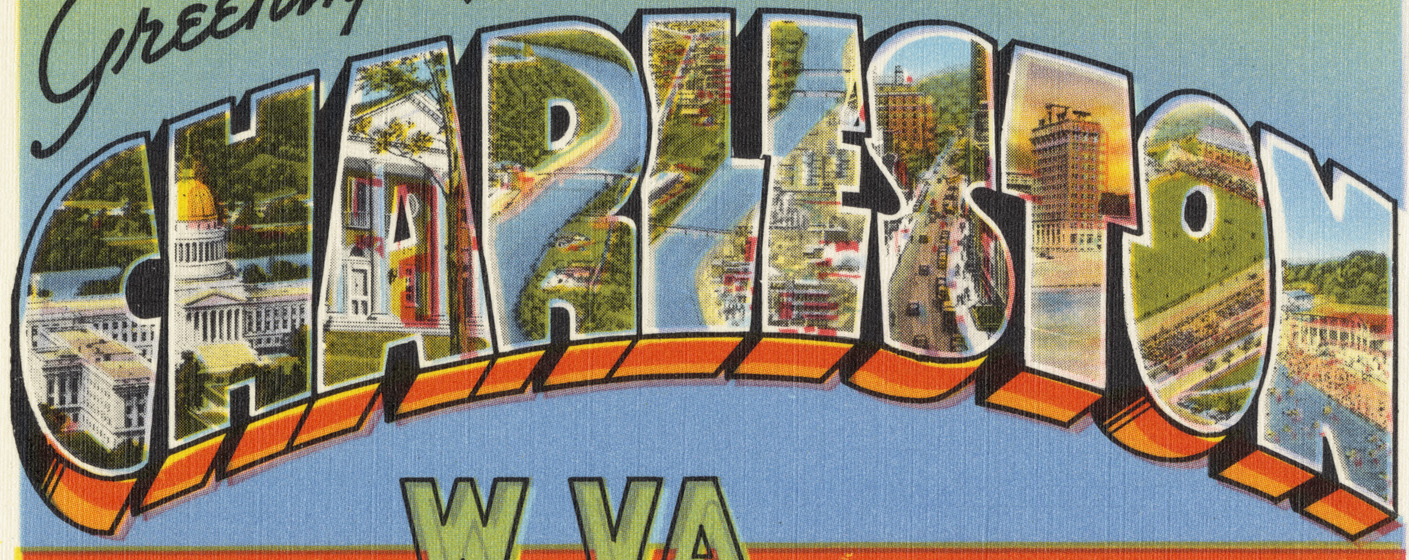
CHARLESTON